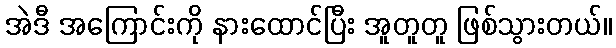
အဲဒီ အကြောင်းကို နားထောင်ပြီး အူတူတူ ဖြစ်သွားတယ်။